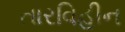
તારવિહીન